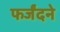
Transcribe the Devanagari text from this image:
फर्जंदने